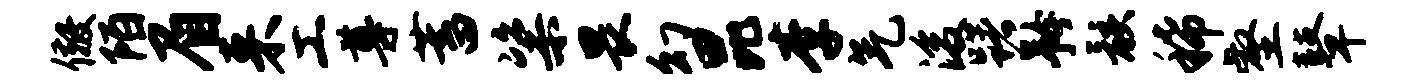
儆陌眉来工尊蓄粢畏幻昆李气浚躇矜骸稀壑鼙